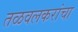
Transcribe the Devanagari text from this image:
तळवलकरांचा